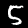
Digit: 5